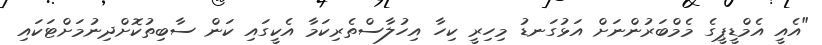
"އެއީ އެމްޑީޕީގެ މެމްބަރުންނަށް އަޅުގަނޑު މިހިރީ ކިހާ އިހުލާސްތެރިކަމާ އެކީގައި ކަން ސާބިތުކޮށްދިނުމަށްޓަކައި